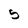
Character: 5